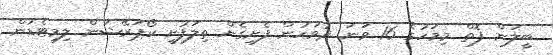
ބީލަން ފޮތް މިމަހުގެ 16 ވަނަ ދުވަހުން ފެށިގެން ތިލަފުށީ ކޯޕަރޭޝަން ލިމިޓެޑުން